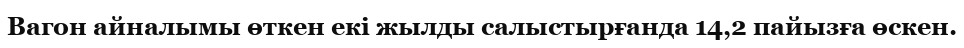
Вагон айналымы өткен екі жылды салыстырғанда 14,2 пайызға өскен.